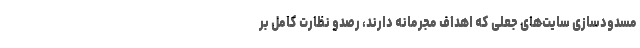
مسدودسازی سایت‌های جعلی که اهداف مجرمانه دارند، رصدو نظارت کامل بر